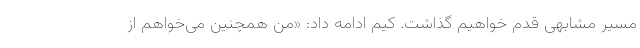
مسیر مشابهی قدم خواهیم گذاشت. کیم ادامه داد: «من همچنین می‌خواهم از